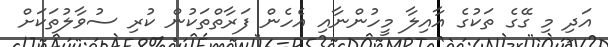
އަދި މި ގޭގެ ތަކުގެ އާއިލާ މީހުންނާއި އެހެން ފަރާތްތަކުން ކުރި ސުވާލުތަކަށް